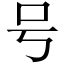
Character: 号